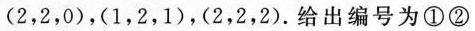
(2，2，0)，(1，2，1)，(2，2，2).给出编号为①②